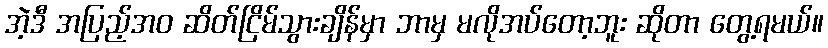
အဲ့ဒီ အပြည့်အဝ ဆိတ်ငြိမ်သွားချိန်မှာ ဘာမှ မလိုအပ်တော့ဘူး ဆိုတာ တွေ့ရမယ်။